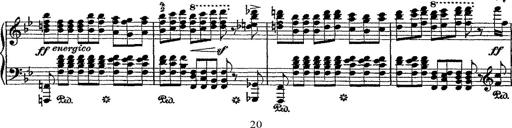
Title: Fantaisie romantique sur deux mÃ©lodies suisses
Composer: Franz Liszt